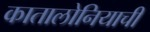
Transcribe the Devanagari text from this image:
कातालोनियाची